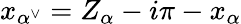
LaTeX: x_{\alpha^{\vee}}=Z_{\alpha}-i\pi-x_{\alpha}